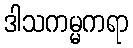
ဒါသကမ္မကရာ